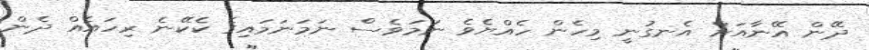
ދޭން އޭނާއަށް އެނގުނީ މިހެން ހެއްޔެވެ ނަމަވެސް ނަމަނަމައިގެ ކެކޭނެ ރިހައެއް ދެން